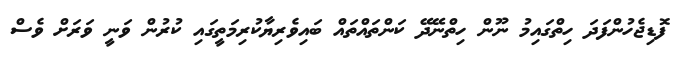
ފޮޑިޖެހުންފަދަ ހިތްގައިމު ނޫން ހިތްނޭދޭ ކަންތައްތައް ބައިވެރިޔާކުރިމަތީގައި ކުރުން ވަނީ ވަރަށް ވެސް